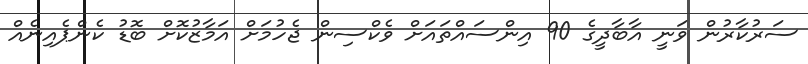
ސަރުކާރުން ވަނީ އާބާދީގެ 90 އިންސައްތައަށް ވެކްސިން ޖެހުމަށް އަމާޒުކޮށް ބޮޑު ކެންޕެއިނެއް